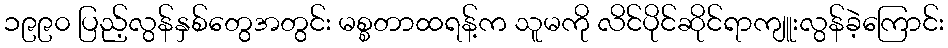
၁၉၉၀ ပြည့်လွန်နှစ်တွေအတွင်း မစ္စတာထရန့်က သူမကို လိင်ပိုင်ဆိုင်ရာကျူးလွန်ခဲ့ကြောင်း